Scottish Leaving Certificate Examination, 1961
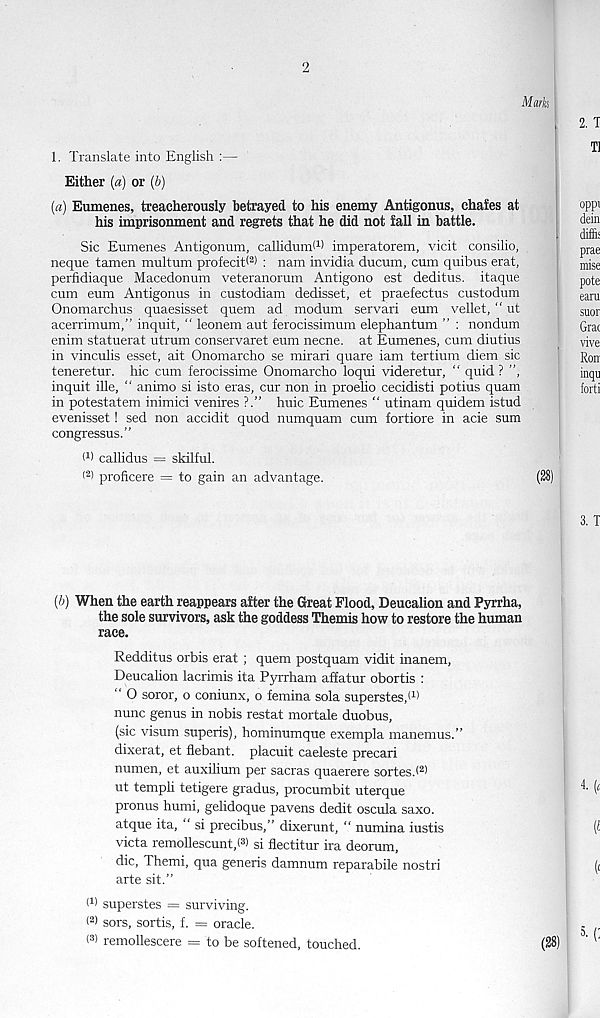
2
Mark \
1. Translate into English :—
Either (a) or (&)
(a) Eumenes, treacherously betrayed to his enemy Antigonus, chafes at
his imprisonment and regrets that he did not fall in battle.
Sic Eumenes Antigonum, callidumM imperatorem, vicit consilio,
neque tamen multum profecit* 2 ) : nam invidia ducum, cum quibus erat,
perfidiaque Macedonum veteranorum Antigono est deditus. itaque
cum eum Antigonus in custodiam dedisset, et praefectus custodum
Onomarchus quaesisset quem ad modum servari eum vellet, “ ut
acerrimum,” inquit, " leonem aut ferocissimum elephantum ” : nondum
enim statuerat utrum conservaret eum necne. at Eumenes, cum diutius
in vinculis esset, ait Onomarcho se mirari quare iam tertium diem sic
teneretur. hie cum ferocissime Onomarcho loqui videretur, “ quid? ”,
inquit ille, “ animo si isto eras, cur non in proelio cecidisti potius quam
in potestatem inimici venires ?.” huic Eumenes “ utinam quidem istud
evenisset! sed non accidit quod numquam cum fortiore in acie sum
congressus.”
I 1 ) callidus = skilful.
< 2 > proficere = to gain an advantage.
(28)
(6) When the earth reappears after the Great Flood, Deucalion and Pyrrha,
the sole survivors, ask the goddess Themis how to restore the human
race.
Redditus orbis erat ; quem postquam vidit inanem,
Deucalion lacrimis ita Pyrrham affatur obortis :
“ 0 soror, o coniunx, o femina sola superstes.W
nunc genus in nobis restat mortale duobus,
(sic visum superis), hominumque exempla manemus.”
dixerat, et flebant. placuit caeleste precari
numen, et auxilium per sacras quaerere sortes.( 2 >
ut templi tetigere gradus, procumbit uterque
pronus humi, gelidoque pavens dedit oscula saxo.
atque ita, si precibus,” dixerunt, “ numina iustis
victa remollescunt,( 3 > si flectitur ira deorum,
die, Themi, qua generis damnum reparabile nostri
arte sit.”
(1) superstes = surviving.
( 2 > sors, sortis, f. = oracle.
< 3 > remollescere = to be softened, touched.
(28)